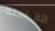
القراصنه